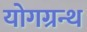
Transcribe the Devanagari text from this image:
योगग्रन्थ